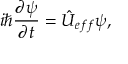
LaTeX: i \hbar \frac { \partial \psi } { \partial t } = \hat { U } _ { e f f } \psi ,